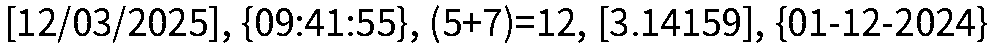
[12/03/2025], {09:41:55}, (5+7)=12, [3.14159], {01-12-2024}